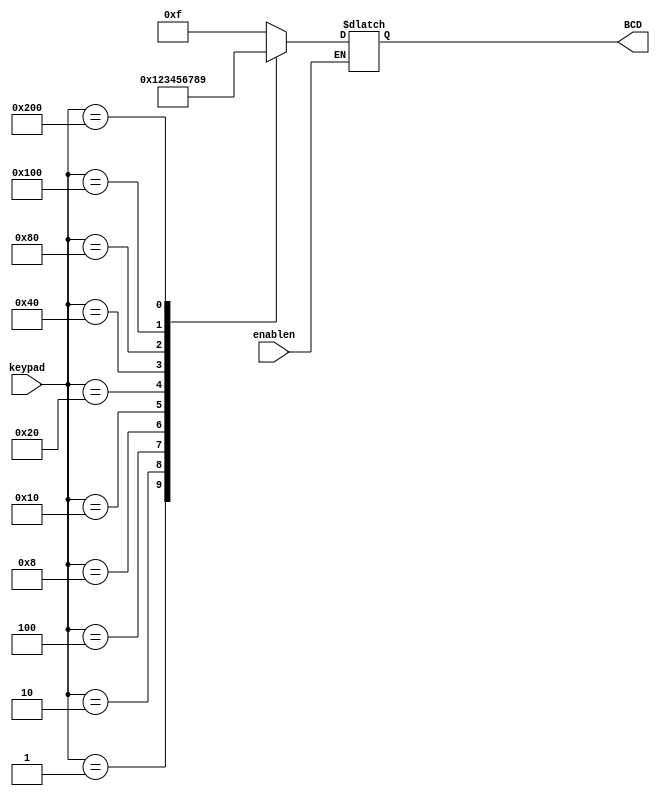
module encoder_BCD (
    input wire [9:0] keypad,
    input wire enablen,
    output reg [3:0] BCD
);
    initial begin
        BCD = 4'b1111;
    end

    always@(keypad or enablen) begin
        if (!enablen) begin
            case (keypad)
                10'b0000000001: BCD = 4'b0000;
                10'b0000000010: BCD = 4'b0001;
                10'b0000000100: BCD = 4'b0010;
                10'b0000001000: BCD = 4'b0011;
                10'b0000010000: BCD = 4'b0100;
                10'b0000100000: BCD = 4'b0101;
                10'b0001000000: BCD = 4'b0110;
                10'b0010000000: BCD = 4'b0111;
                10'b0100000000: BCD = 4'b1000;
                10'b1000000000: BCD = 4'b1001;
                default: BCD = 4'b1111;
            endcase
        end
    end

endmodule